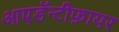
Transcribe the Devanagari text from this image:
आएडॅन्टीफ़ायर